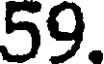
59.